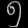
Digit: ၅